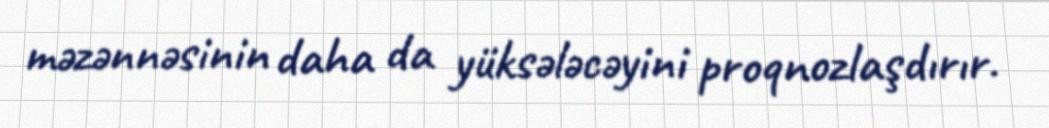
məzənnəsinin daha da yüksələcəyini proqnozlaşdırır.